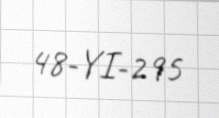
48-YI-295